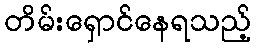
တိမ်းရှောင်နေရသည့်